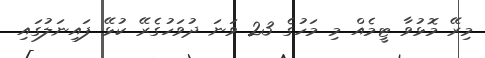
މިރޭ މޮޅުވާ ޓީމެއް މި މަހުގެ 23 ވަނަ ދުވަހުގެރޭ ކުޅޭ ފައިނަލުގައި